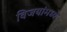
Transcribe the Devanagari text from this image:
विजयांमध्ये